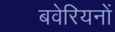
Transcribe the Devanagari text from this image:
बवेरियनों